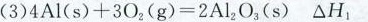
(3)$$4 A l ( s ) + 3 O _ { 2 } ( g ) = 2 A l _ { 2 } O _ { 3 } ( s ) △ H _ { 1 }$$